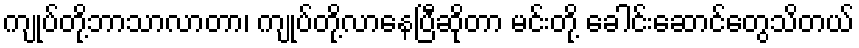
ကျုပ်တို့ဘာသာလာတာ၊ ကျုပ်တို့လာနေပြီဆိုတာ မင်းတို့ ခေါင်းဆောင်တွေသိတယ်